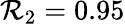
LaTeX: \mathcal{R}_{2}=0.95